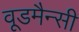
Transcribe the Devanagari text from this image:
वूडमैन्सी